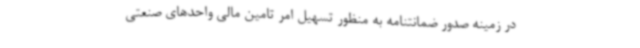
در زمینه صدور ضمانتنامه به منظور تسهیل امر تامین مالی واحدهای صنعتی